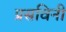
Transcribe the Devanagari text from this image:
प्रसविनी